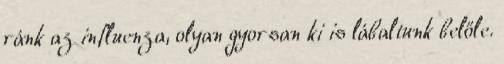
ránk az influenza, olyan gyorsan ki is lábaltunk belőle.